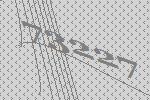
73227